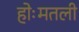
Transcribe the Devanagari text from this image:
होःमतली